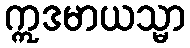
ဣဒမာယသ္မာ